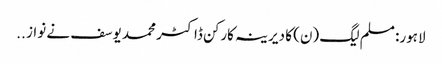
لاہور: مسلم لیگ (ن) کا دیرینہ کارکن ڈاکٹر محمد یوسف نے نواز ..